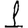
Digit: 1